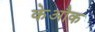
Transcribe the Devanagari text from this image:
केऔक